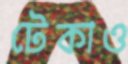
টেকাও